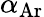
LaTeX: \alpha_{\mathrm{Ar}}